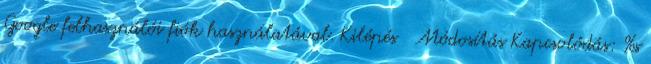
Google felhasználói fiók használatával. Kilépés Módosítás Kapcsolódás: %s